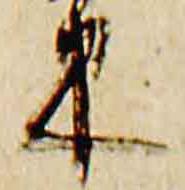
束